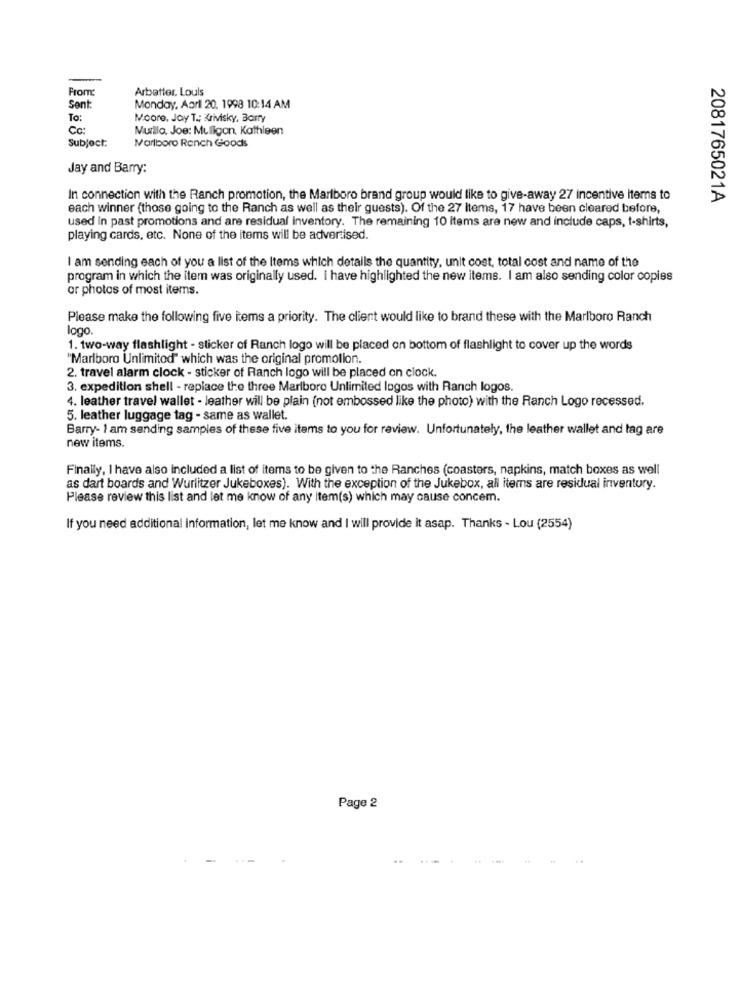
From
Arbatter. Louis
Sent:
Monday, April 20, 1998 10:14 AM
To:
Moore, Jay T .: Krivisky, Barry
Co:
Murillo, Joe: Mulligon, Kathleen
Subject:
Marlboro Rench Goods
Jay and Barry:
In connection with the Ranch promotion, the Marlboro brand group would like to give-away 27 incentive items to
2081765021A
each winner (those going to the Ranch as well as their guests). Of the 27 items, 17 have been cleared before,
used in past promotions and are residual inventory. The remaining 10 items are new and include caps, t-shirts,
playing cards, etc. None of the items will be advertised.
I am sending each of you a list of the Items which details the quantity, unit cost, total cost and name of the
program in which the item was originally used. I have highlighted the new items. I am also sending color copies
or photos of most items.
Please make the following five items a priority. The client would like to brand these with the Marlboro Ranch
logo.
1. two-way flashlight - sticker of Ranch logo will be placed on bottom of flashlight to cover up the words
"Marlboro Unlimitod" which was the original promotion.
2. travel alarm clock - sticker of Ranch logo will be placed on clock.
3. expedition shell - replace the three Marlboro Unlimited logos with Ranch logos.
4. leather travel wallet - leather will be plain (not embossed like the photo) with the Ranch Logo recessed.
5. leather luggage tag - same as wallet.
Barry- 1 am sending samples of these five items to you for review. Unfortunately, the leather wallet and tag are
new items.
Finally, I have also included a list of items to be given to the Ranches (coasters, napkins, match boxes as well
as dart boards and Wurlitzer Jukeboxes). With the exception of the Jukebox, all items are residual inventury.
Please review this list and let me know of any item(s) which may cause concem.
If you need additional information, let me know and I will provide it asap. Thanks - Lou (2554)
Page 2